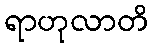
ရာဟုလာတိ